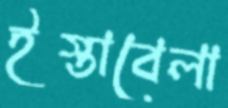
ইস্তাবেলা